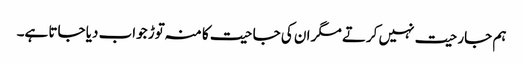
ہم جارحیت نہیں کرتے مگر ان کی جاحیت کا منہ توڑ جواب دیا جاتا ہے۔